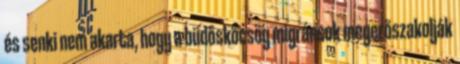
és senki nem akarta, hogy a büdösköcsög migránsok megerőszakolják